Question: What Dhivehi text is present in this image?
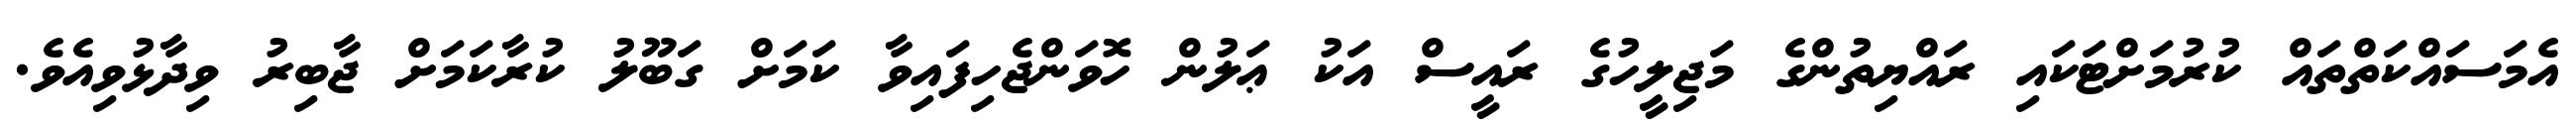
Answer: އެމަސައްކަތްތައް ކުރުމަށްޓަކައި ރައްޔިތުންގެ މަޖިލީހުގެ ރައީސް އަކު ޢަލުން ހޮވަންޖެހިފައިވާ ކަމަށް ގަބޫލު ކުރާކަމަށް ޖާބިރު ވިދާޅުވިއެވެ.